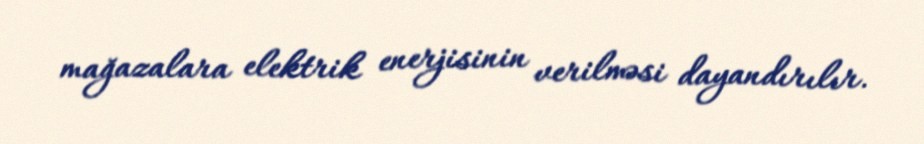
mağazalara elektrik enerjisinin verilməsi dayandırılır.